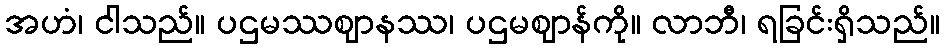
အဟံ၊ ငါသည်။ ပဌမဿဈာနဿ၊ ပဌမဈာန်ကို။ လာဘီ၊ ရခြင်းရှိသည်။